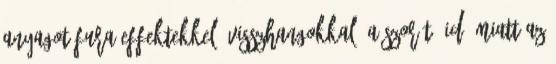
anyagot fura effektekkel, visszhangokkal. A szorító idő miatt az